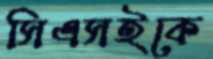
সিএসইকে